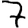
Digit: 7